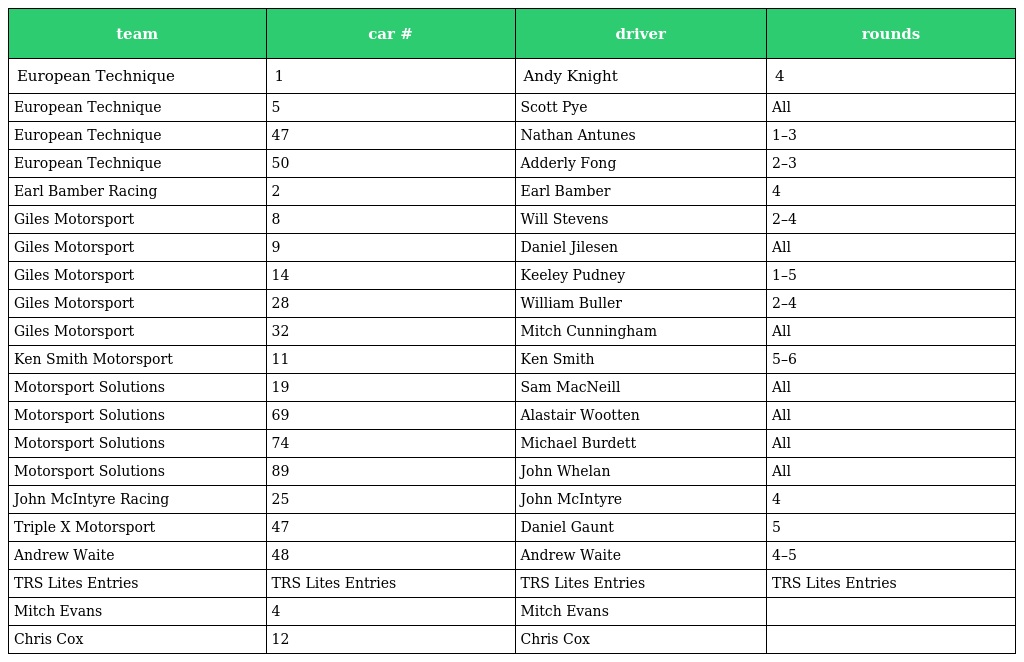
| team | car # | driver | rounds |
 | --- | --- | --- | --- |
 | European Technique | 1 | Andy Knight | 4 |
 | European Technique | 5 | Scott Pye | All |
 | European Technique | 47 | Nathan Antunes | 1–3 |
 | European Technique | 50 | Adderly Fong | 2–3 |
 | Earl Bamber Racing | 2 | Earl Bamber | 4 |
 | Giles Motorsport | 8 | Will Stevens | 2–4 |
 | Giles Motorsport | 9 | Daniel Jilesen | All |
 | Giles Motorsport | 14 | Keeley Pudney | 1–5 |
 | Giles Motorsport | 28 | William Buller | 2–4 |
 | Giles Motorsport | 32 | Mitch Cunningham | All |
 | Ken Smith Motorsport | 11 | Ken Smith | 5–6 |
 | Motorsport Solutions | 19 | Sam MacNeill | All |
 | Motorsport Solutions | 69 | Alastair Wootten | All |
 | Motorsport Solutions | 74 | Michael Burdett | All |
 | Motorsport Solutions | 89 | John Whelan | All |
 | John McIntyre Racing | 25 | John McIntyre | 4 |
 | Triple X Motorsport | 47 | Daniel Gaunt | 5 |
 | Andrew Waite | 48 | Andrew Waite | 4–5 |
 | TRS Lites Entries | TRS Lites Entries | TRS Lites Entries | TRS Lites Entries |
 | Mitch Evans | 4 | Mitch Evans |  |
 | Chris Cox | 12 | Chris Cox |  |